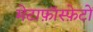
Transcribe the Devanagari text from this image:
मेटाफ़ॉस्फ़ेटों